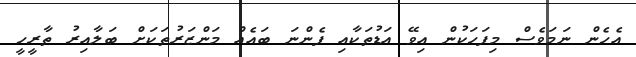
އެހެން ނަމަވެސް މިފަހަކުން އިވޭ އަޑުތަކާއި ފެންނަ ބައެއް މަންޒަރުތަކަށް ބަލާއިރު ތާރީހީ